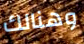
وهنالك